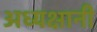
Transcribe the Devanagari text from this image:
अध्यक्षानी